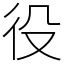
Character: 役